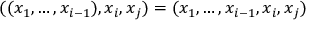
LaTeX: ( ( x _ { 1 } , \dots , x _ { i - 1 } ) , x _ { i } , x _ { j } ) = ( x _ { 1 } , \dots , x _ { i - 1 } , x _ { i } , x _ { j } )